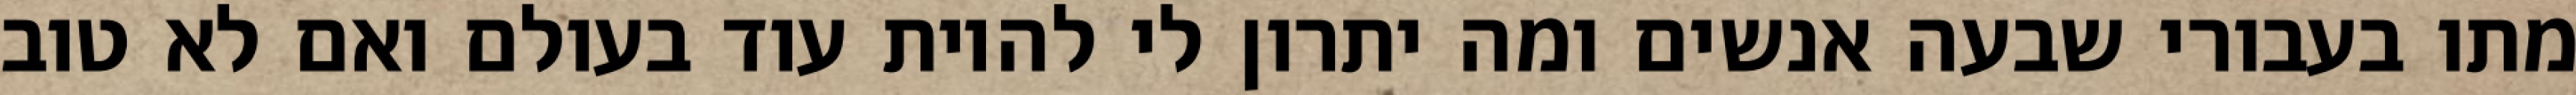
מתו בעבורי שבעה אנשים ומה יתרון לי להיות עוד בעולם ואם לא טוב